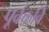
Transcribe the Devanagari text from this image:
पूर्वकवि